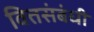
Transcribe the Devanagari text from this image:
वित्तसंबंधी